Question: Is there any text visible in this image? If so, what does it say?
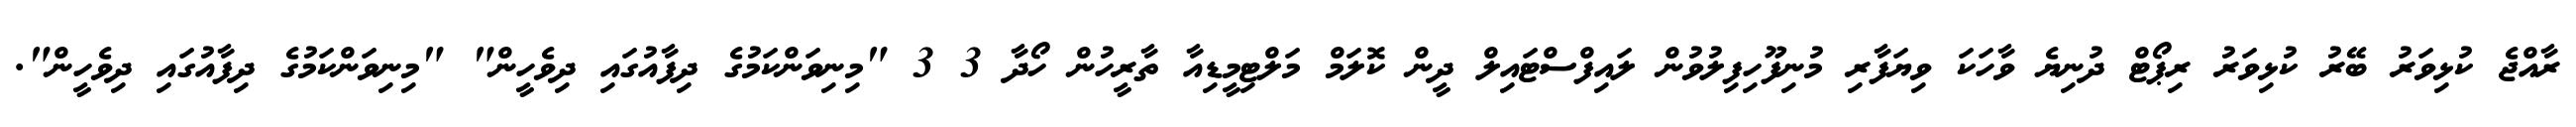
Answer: ރާއްޖެ ކުޅިވަރު ބޭރު ކުޅިވަރު ރިޕޯޓް ދުނިޔެ ވާހަކަ ވިޔަފާރި މުނިފޫހިފިލުވުން ލައިފްސްޓައިލް ދީން ކޮލަމް މަލްޓިމީޑިއާ ތާރީހުން ހޯދާ 3 3 "މިނިވަންކަމުގެ ދިފާއުގައި ދިވެހީން" "މިނިވަންކަމުގެ ދިފާއުގައި ދިވެހީން".